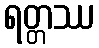
ရတ္တဿ